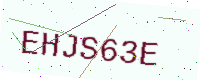
Text: EHJS63E